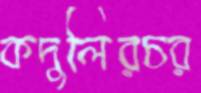
কদুলিরচর